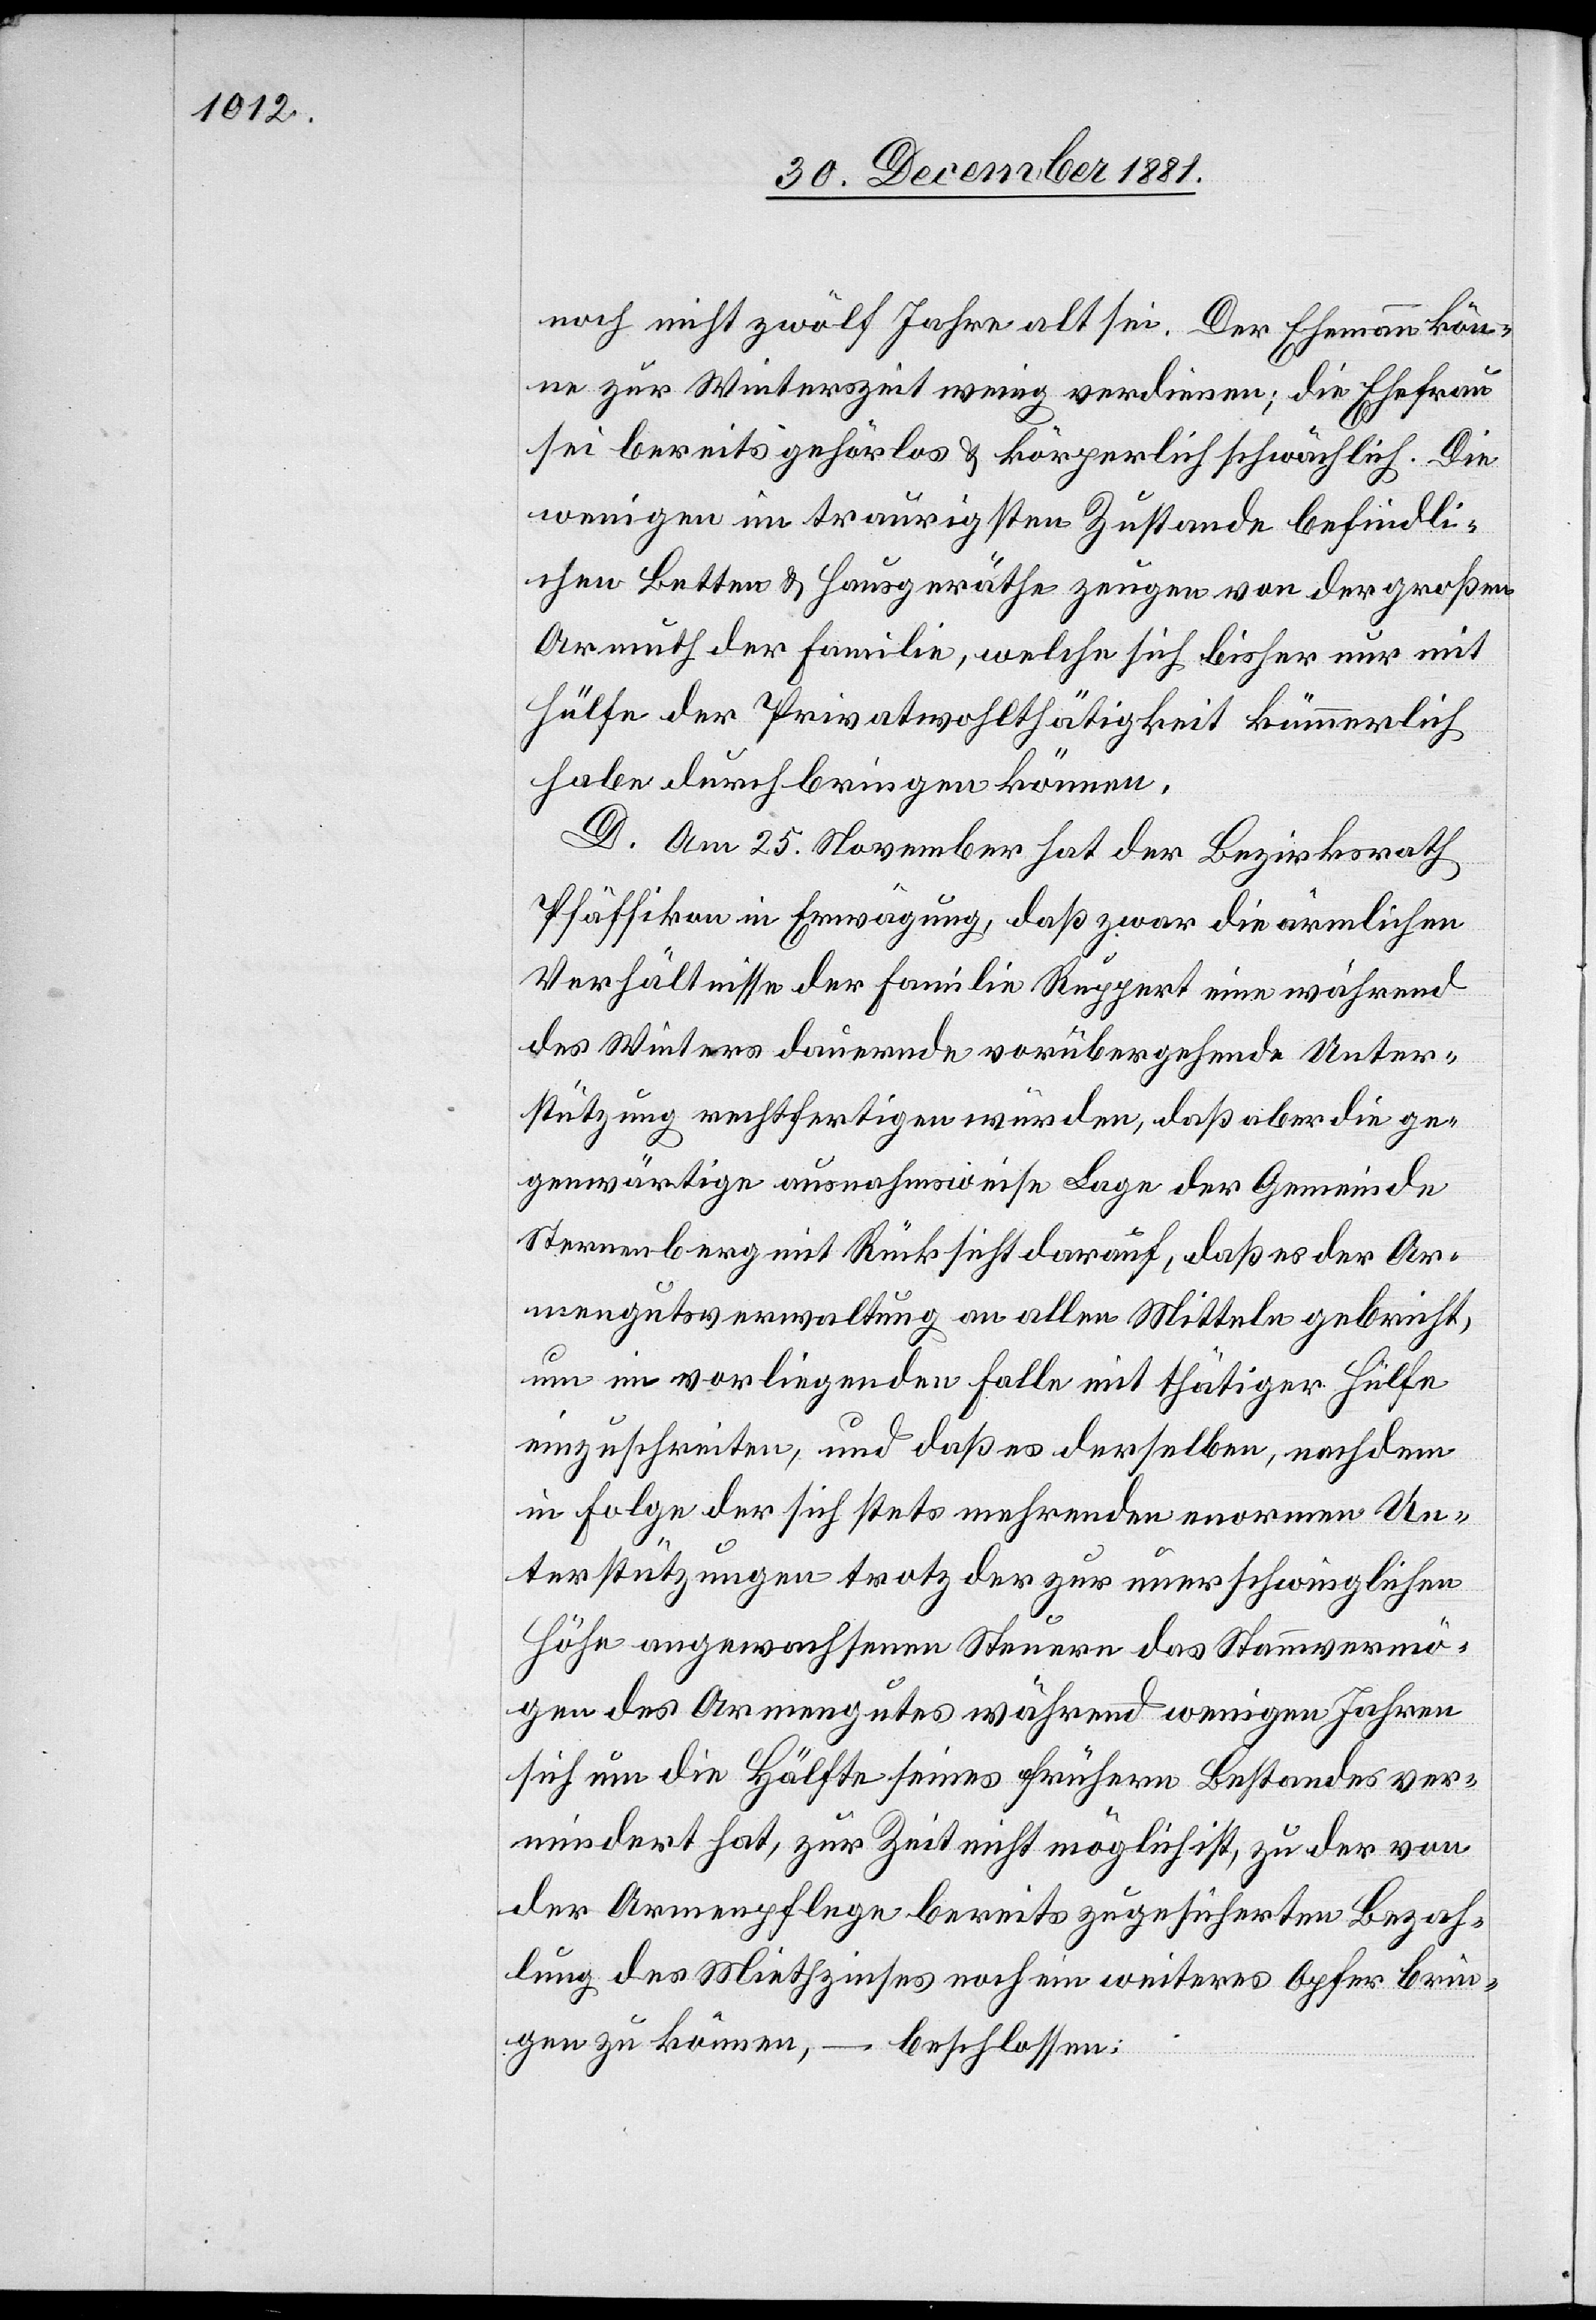
noch nicht zwölf Jahre alt sei. Der Ehemann kön¬
ne zur Winterzeit wenig verdienen; die Ehefrau
sei bereits gehörlos & körperlich schwächlich. Die
wenigen im traurigsten Zustande befindli¬
chen Betten & Hausgeräthe zeugen von der großen
Armuth der Familie, welche sich bisher nur mit
Hülfe der Privatwohlthätigkeit kümmerlich
habe durchbringen können.
D. Am 25. November hat der Bezirksrath
Pfäffikon in Erwägung, daß zwar die ärmlichen
Verhältnisse der Familie Ruppert eine während
des Winters dauernde vorübergehende Unter¬
stützung rechtfertigen würden, daß aber die ge¬
genwärtige ausnahmsweise Lage der Gemeinde
Sternenberg mit Rücksicht darauf, daß es der Ar¬
mengutsverwaltung an allen Mitteln gebricht,
um im vorliegenden Falle mit thätiger Hülfe
einzuschreiten, und daß es derselben, nachdem
in Folge der sich stets mehrenden enormen Un¬
terstützungen trotz der zur unerschwinglichen
Höhe angewachsenen Steuern das Stammvermö¬
gen des Armengutes während wenigen Jahren
sich um die Hälfte seines frühern Bestandes ver¬
mindert hat, zur Zeit nicht möglich ist, zu der von
der Armenpflege bereits zugesicherten Bezah¬
lung des Miethzinses noch ein weiteres Opfer brin¬
gen zu können, – beschlossen: